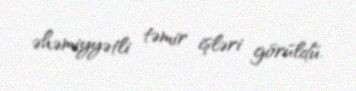
əhəmiyyətli təmir işləri görüldü.